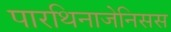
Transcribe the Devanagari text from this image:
पारथिनाजेनिसस